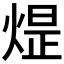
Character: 𪹈